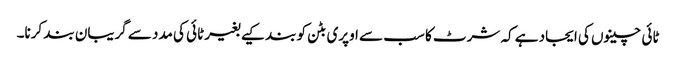
ٹائی چینوں کی ایجاد ہے کہ شرٹ کا سب سے اوپری بٹن کو بند کیے بغیر ٹائی کی مدد سے گریبان بند کرنا۔